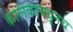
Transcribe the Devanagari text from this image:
कालकामधूनच